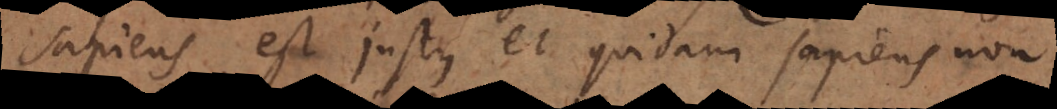
sapiens est justus. Quidam sapiens est